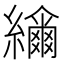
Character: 𦆤